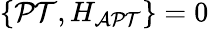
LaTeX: \{ \mathcal{PT},H_{\mathrm{\mathcal{APT}}}\} =0